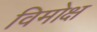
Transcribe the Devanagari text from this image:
विमोक्ष